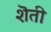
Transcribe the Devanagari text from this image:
शॆती